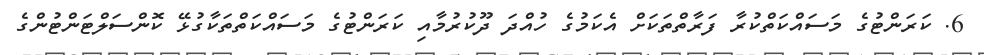
6. ކަރަންޓުގެ މަސައްކަތްކުރާ ފަރާތްތަކަށް އެކަމުގެ ހުއްދަ ދޫކުރުމާއި ކަރަންޓުގެ މަސައްކަތްތަކާގުޅޭ ކޮންސަލްޓަންޓުންގެ